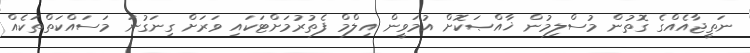
ނަތީޖާއެއްގެ ގޮތުން މުސްލިމުން ޚާއްޞަކޮށް އުމަވީން އިލްމް ފެތުރުމަށްޓަކައި ވަރަށް ގިނަގުނަ މަސައްކަތްތަކެއް